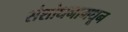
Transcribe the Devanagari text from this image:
संशोधनामधून